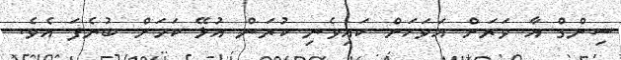
ސިންގް އާ ވަރަށް އަވަހަށް ކައިވެނި ކުރަން އުޅޭ ކަމަށް ބުނެފަ އެވެ.